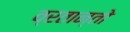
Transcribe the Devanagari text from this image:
व्रतान्तो